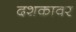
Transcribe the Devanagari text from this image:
दशकावर